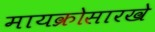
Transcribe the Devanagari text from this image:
मायक्रोसारखे